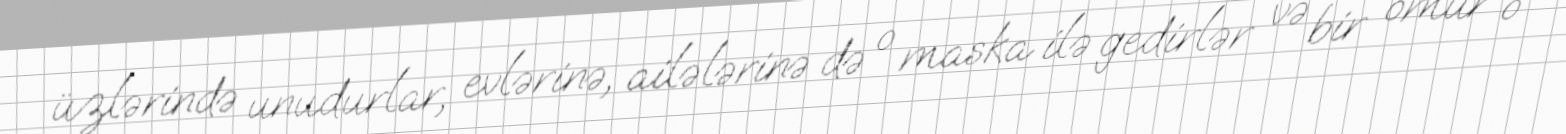
üzlərində unudurlar, evlərinə, ailələrinə də o maska ilə gedirlər və bir ömür o